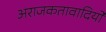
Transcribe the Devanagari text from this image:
अराजकतावादियों